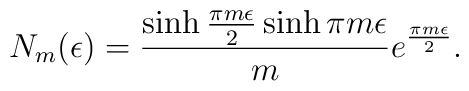
N_m(\epsilon )={ \sinh{\pi m\epsilon\over 2}\sinh \pi m\epsilon\over m}e^{\pi m\epsilon\over 2}.